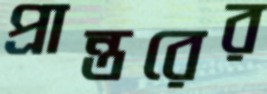
প্রান্তরের